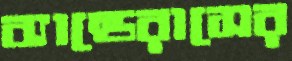
ব্যান্ডেরাসের